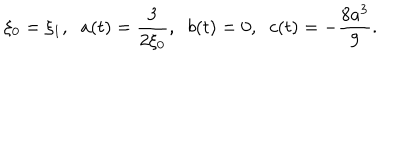
\xi _ { 0 } = \xi _ { 1 } , \; \; a ( t ) = \frac { 3 } { 2 \xi _ { 0 } } , \; \; b ( t ) = 0 , \; \; c ( t ) = - \frac { 8 a ^ { 3 } } { 9 } .